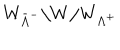
W _ { { \bar { \Lambda } } ^ { - } } \backslash W / W _ { \Lambda ^ { + } }